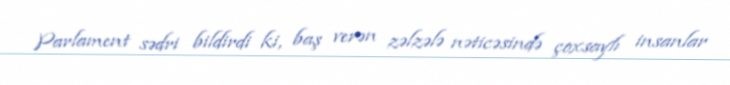
Parlament sədri bildirdi ki, baş verən zəlzələ nəticəsində çoxsaylı insanlar